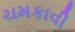
ચમકાવી